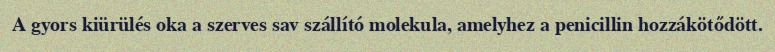
A gyors kiürülés oka a szerves sav szállító molekula, amelyhez a penicillin hozzákötődött.